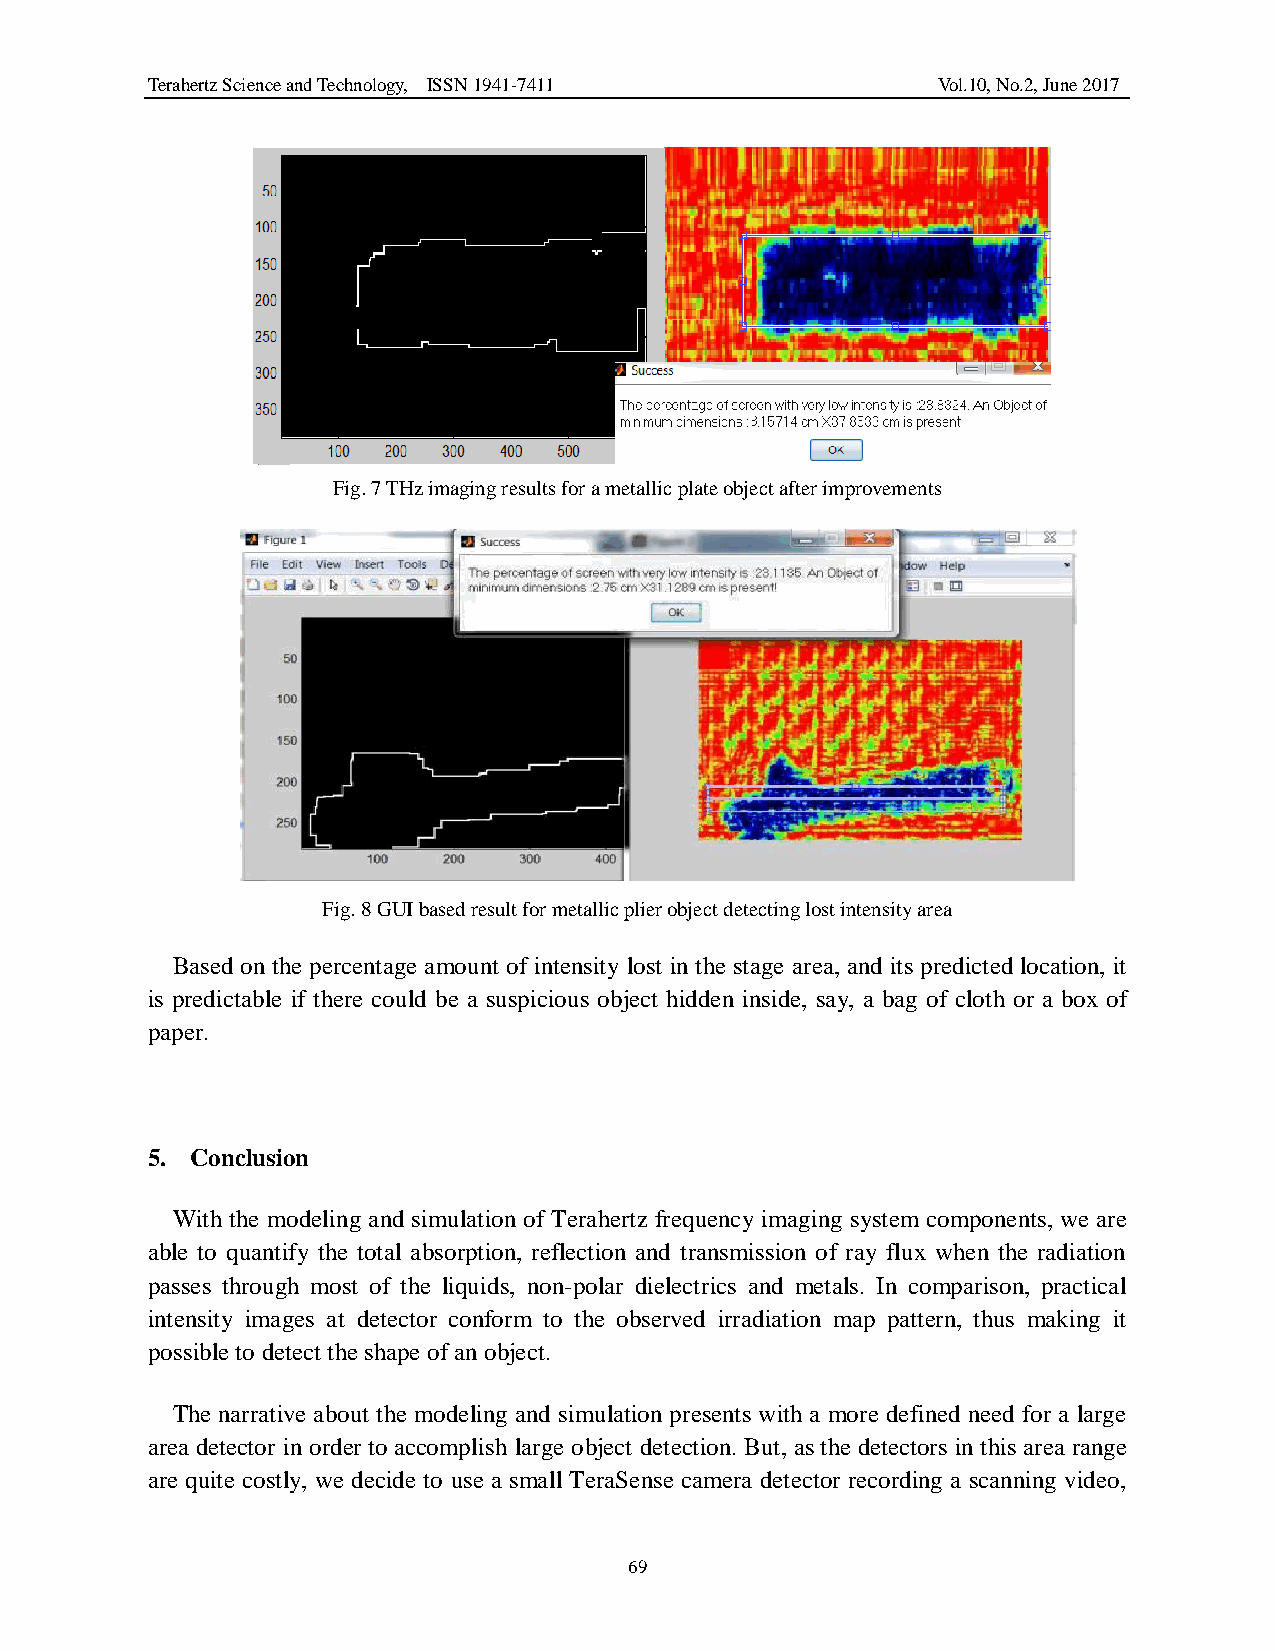
Terahertz Science and Technology, ISSN 1941-7411    Vol.10, No.2, June 2017
 Fig. 7 THz imaging results for a metallic plate object after improvements
 Fig. 8 GUI based result for metallic plier object detecting lost intensity area
 Based on the percentage amount of intensity lost in the stage area, and its predicted location, it
 is predictable if there could be a suspicious object hidden inside, say, a bag of cloth or a box of
 paper.
 5. Conclusion
 With the modeling and simulation of Terahertz frequency imaging system components, we are
 able to quantify the total absorption, reflection and transmission of ray flux when the radiation
 passes through most of the liquids, non-polar dielectrics and metals. In comparison, practical
 intensity images at detector conform to the observed irradiation map pattern, thus making it
 possible to detect the shape of an object.
 The narrative about the modeling and simulation presents with a more defined need for a large
 area detector in order to accomplish large object detection. But, as the detectors in this area range
 are quite costly, we decide to use a small TeraSense camera detector recording a scanning video,
 69